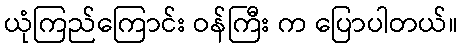
ယုံကြည်ကြောင်း ဝန်ကြီး က ပြောပါတယ်။